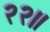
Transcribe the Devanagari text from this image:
२२॥